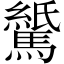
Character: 𫘖